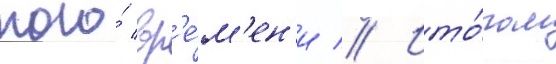
того́ вр'е́м'ен'и // Ито́гом